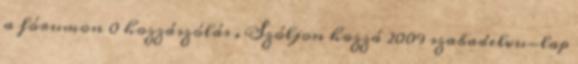
a fórumon 0 hozzászólás . Szóljon hozzá 2009 szabadelvu-lap